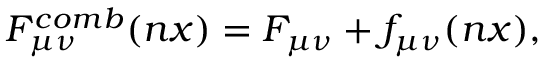
F \sb { \mu \nu } \sp { c o m b } ( n x ) = F \sb { \mu \nu } + f \sb { \mu \nu } ( n x ) ,